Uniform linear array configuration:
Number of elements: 64
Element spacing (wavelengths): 1
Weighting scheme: cosine
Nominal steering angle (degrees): -60
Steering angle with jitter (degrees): -60.925
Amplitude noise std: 0.05
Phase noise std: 0.05

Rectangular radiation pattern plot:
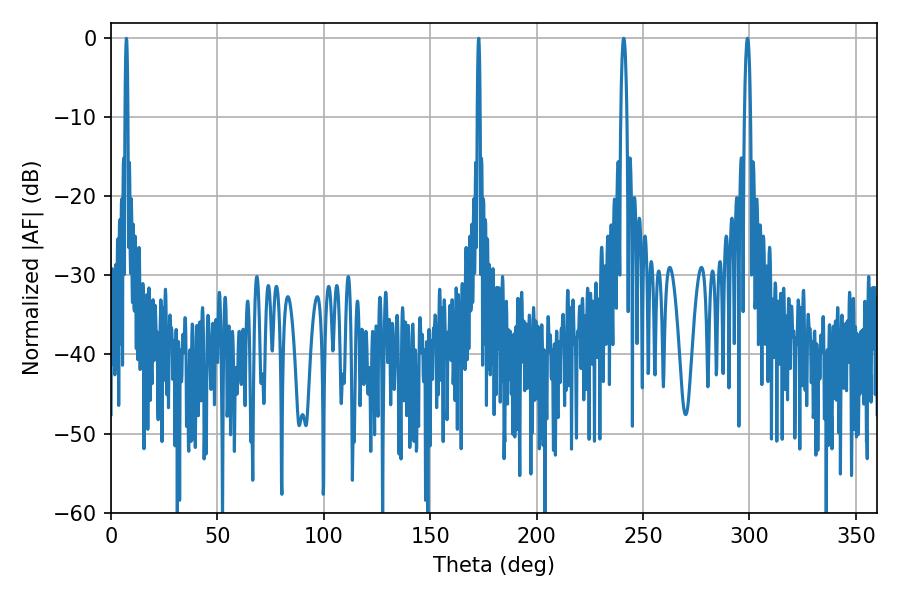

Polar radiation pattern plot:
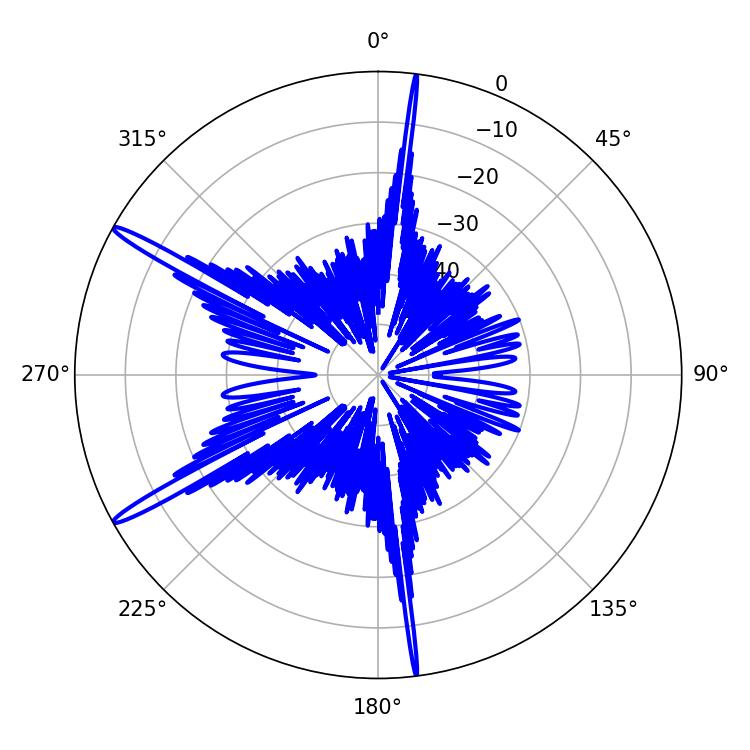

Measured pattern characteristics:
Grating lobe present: TRUE
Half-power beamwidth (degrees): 1.62
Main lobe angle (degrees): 240.84